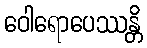
ဝေါရောပေဿန္တိ